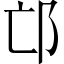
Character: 邙